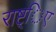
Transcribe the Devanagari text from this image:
राष्ट्िए